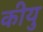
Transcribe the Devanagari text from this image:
कीयु